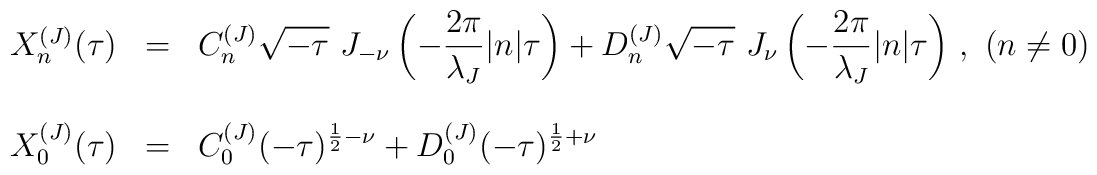
\begin{array}{lcl}X_n^{(J)}(\tau) & = & {\displaystyle C_n^{(J)} \sqrt{-\tau}~ J_{-\nu} \left(-\frac{2\pi}{\lambda_J} |n| \tau \right) +D_n^{(J)} \sqrt{-\tau}~ J_{\nu} \left(-\frac{2\pi}{\lambda_J} |n| \tau \right) }~,~ (n\neq 0) \\ & & \\X_0^{(J)}(\tau) & = & {\displaystyle C_0^{(J)}(-\tau)^{\frac{1}{2} - \nu} +D_0^{(J)}(-\tau)^{\frac{1}{2} + \nu} }\end{array}